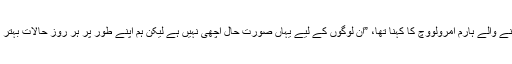
بیہاچ ریڈ کراس سے تعلق رکھنے والے ہارم امرولووچ کا کہنا تھا، ”ان لوگوں کے لیے یہاں صورت حال اچھی نہیں ہے لیکن ہم اپنے طور پر ہر روز حالات بہتر کرنے کی کوشش کر رہے ہیں۔